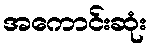
အကောင်းဆုံး